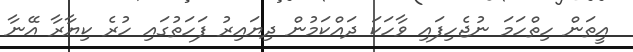
އީތަން ހިތްހަމަ ނުޖެހިފައި ވާހަކަ ދައްކަމުން ދިޔައިރު ފަހަތުގައި ހުރެ ކިޔާރާ އޭނާ